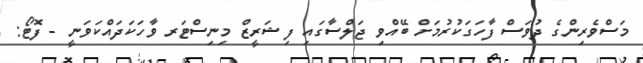
މަސްވެރިންގެ ދުވަސް ފާހަގަކުރުމަށް ބޭއްވި ޖަލްސާގައި ފިޝަރީޒް މިނިސްޓަރ ވާހަކަދައްކަވަނީ - ފޮޓޯ: